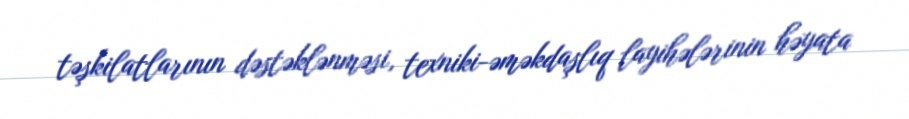
təşkilatlarının dəstəklənməsi, texniki-əməkdaşlıq layihələrinin həyata